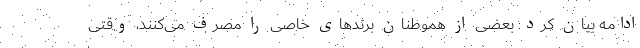
ادامه بیان کرد: بعضی از هموطنان برندهای خاصی را مصرف می‌کنند، وقتی